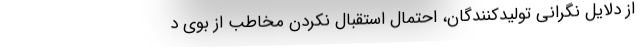
از دلایل نگرانی تولیدکنندگان، احتمال استقبال نکردن مخاطب از بوی د